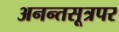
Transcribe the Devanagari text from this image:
अनन्तसूत्रपर